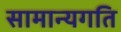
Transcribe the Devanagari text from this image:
सामान्यगति